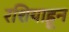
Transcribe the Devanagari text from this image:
रशियाहून